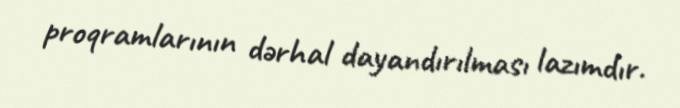
proqramlarının dərhal dayandırılması lazımdır.